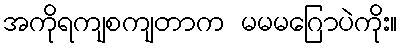
အကိုရကျစကျတာက မမမဂြောပဲကိုး။